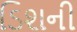
ડિશની